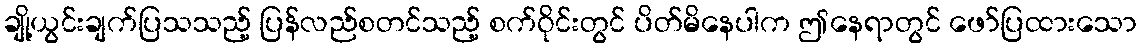
ချို့ယွင်းချက်ပြသသည့် ပြန်လည်စတင်သည့် စက်ဝိုင်းတွင် ပိတ်မိနေပါက ဤနေရာတွင် ဖော်ပြထားသော